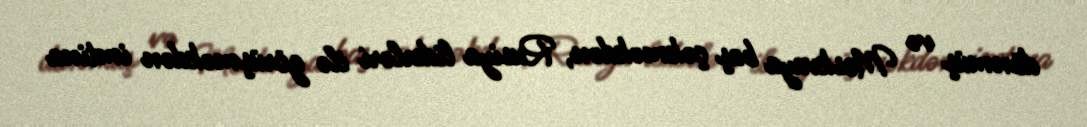
dönmüş və Moskvaya baş çəkməkdən, Rusiya liderləri ilə görüşməkdən imtina